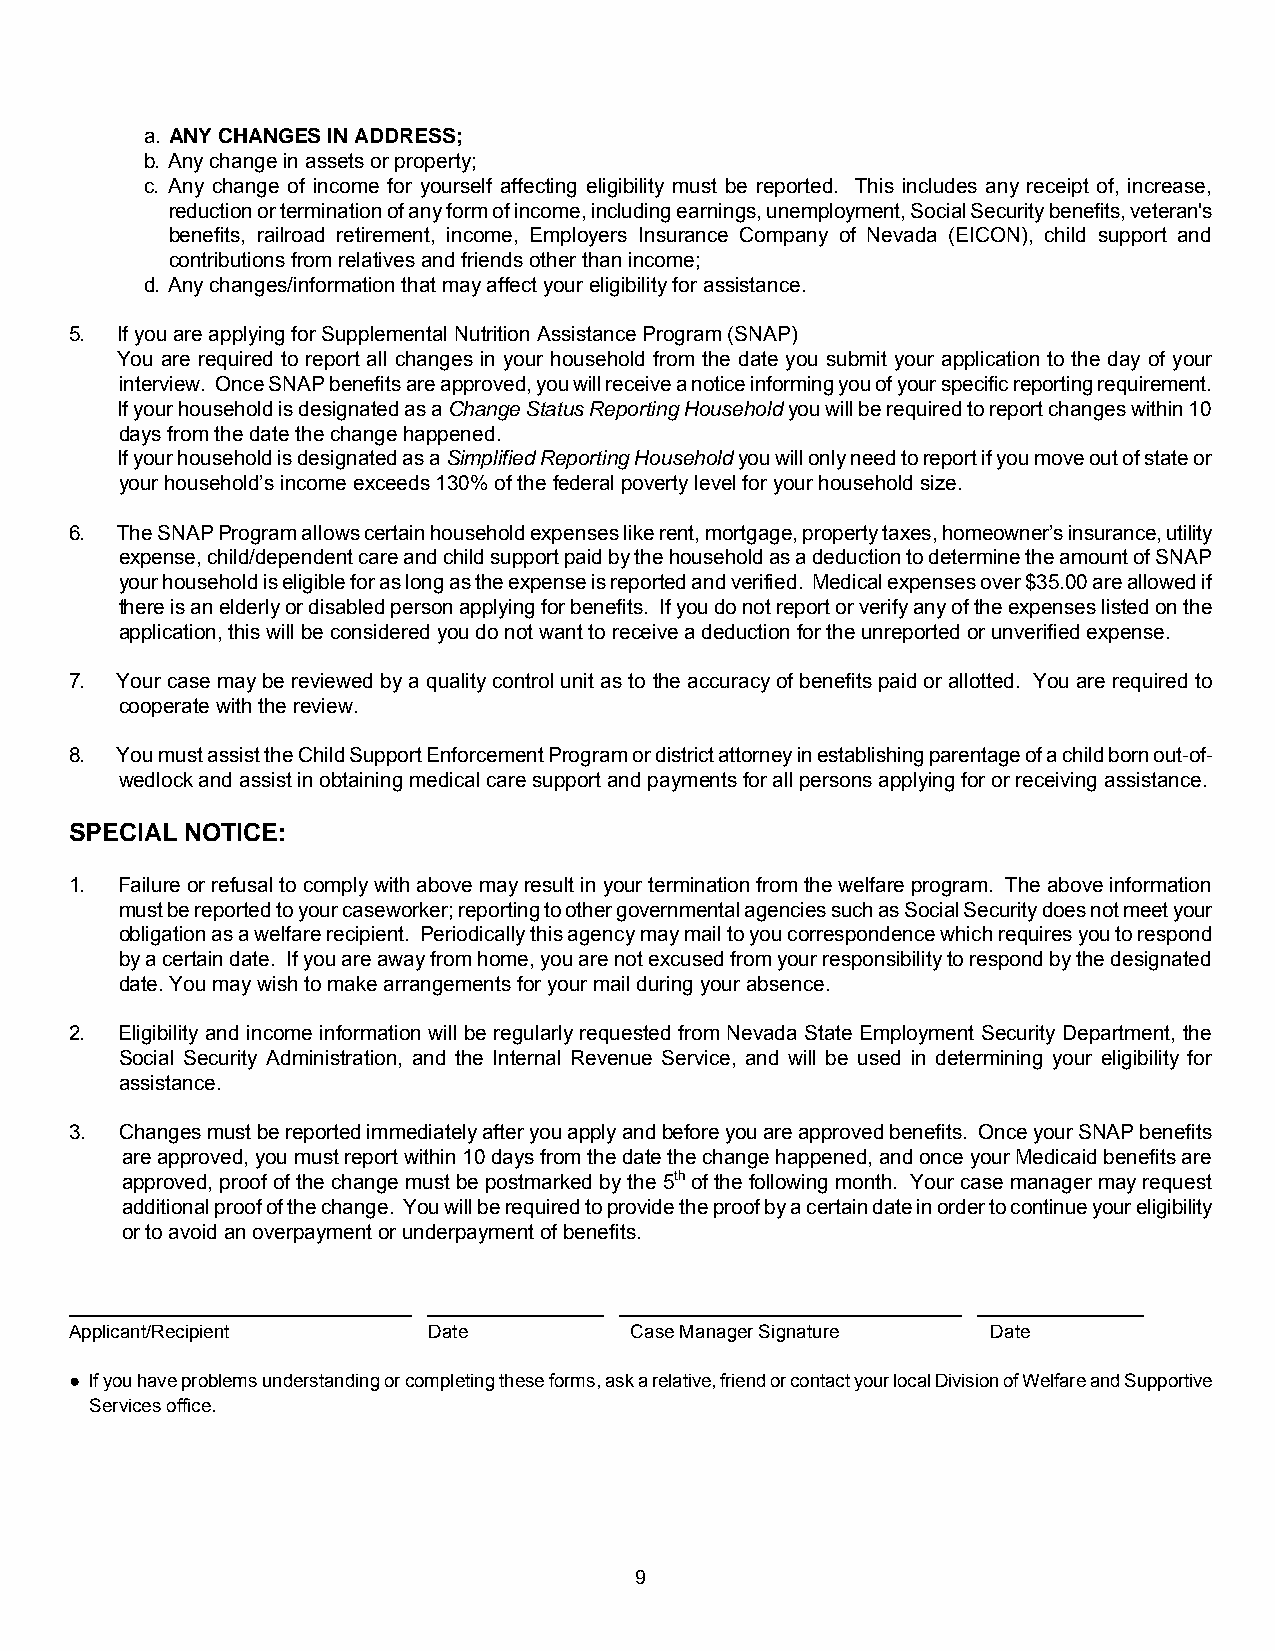
a. ANY CHANGES IN ADDRESS;
 b. Any change in assets or property;
 c. Any change of income for yourself affecting eligibility must be reported. This includes any receipt of, increase,
 reduction or termination of any form of income, including earnings, unemployment, Social Security benefits, veteran's
 benefits, railroad retirement, income, Employers Insurance Company of Nevada (EICON), child support and
 contributions from relatives and friends other than income;
 d. Any changes/information that may affect your eligibility for assistance.
 5. If you are applying for Supplemental Nutrition Assistance Program (SNAP)
 You are required to report all changes in your household from the date you submit your application to the day of your
 interview. Once SNAP benefits are approved, you will receive a notice informing you of your specific reporting requirement.
 If your household is designated as a Change Status Reporting Household you will be required to report changes within 10
 days from the date the change happened.
 If your household is designated as a Simplified Reporting Household you will only need to report if you move out of state or
 your household’s income exceeds 130% of the federal poverty level for your household size.
 6. The SNAP Program allows certain household expenses like rent, mortgage, property taxes, homeowner’s insurance, utility
 expense, child/dependent care and child support paid by the household as a deduction to determine the amount of SNAP
 your household is eligible for as long as the expense is reported and verified. Medical expenses over $35.00 are allowed if
 there is an elderly or disabled person applying for benefits. If you do not report or verify any of the expenses listed on the
 application, this will be considered you do not want to receive a deduction for the unreported or unverified expense.
 7. Your case may be reviewed by a quality control unit as to the accuracy of benefits paid or allotted. You are required to
 cooperate with the review.
 8. You must assist the Child Support Enforcement Program or district attorney in establishing parentage of a child born out-of-
 wedlock and assist in obtaining medical care support and payments for all persons applying for or receiving assistance.
 SPECIAL NOTICE:
 1. Failure or refusal to comply with above may result in your termination from the welfare program. The above information
 must be reported to your caseworker; reporting to other governmental agencies such as Social Security does not meet your
 obligation as a welfare recipient. Periodically this agency may mail to you correspondence which requires you to respond
 by a certain date. If you are away from home, you are not excused from your responsibility to respond by the designated
 date. You may wish to make arrangements for your mail during your absence.
 2. Eligibility and income information will be regularly requested from Nevada State Employment Security Department, the
 Social Security Administration, and the Internal Revenue Service, and will be used in determining your eligibility for
 assistance.
 3. Changes must be reported immediately after you apply and before you are approved benefits. Once your SNAP benefits
 are approved, you must report within 10 days from the date the change happened, and once your Medicaid benefits are
 approved, proof of the change must be postmarked by the 5th of the following month. Your case manager may request
 additional proof of the change. You will be required to provide the proof by a certain date in order to continue your eligibility
 or to avoid an overpayment or underpayment of benefits.
 _________________________________ _________________ _________________________________ ________________
 Applicant/Recipient    Date          Case Manager Signature  Date
 ● If you have problems understanding or completing these forms, ask a relative, friend or contact your local Division of Welfare and Supportive
 Services office.
 9